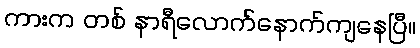
ကားက တစ် နာရီလောက်နောက်ကျနေပြီ။